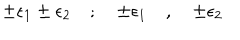
\pm \epsilon _ { 1 } \pm \epsilon _ { 2 } \quad ; \quad \pm \epsilon _ { 1 } \quad , \quad \pm \epsilon _ { 2 }